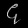
Digit: ၄